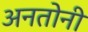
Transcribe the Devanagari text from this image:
अनतोनी